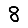
Digit: 8